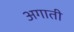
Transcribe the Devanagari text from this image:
अगाती